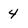
Character: 4